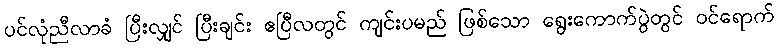
ပင်လုံညီလာခံ ပြီးလျှင် ပြီးချင်း ဧပြီလတွင် ကျင်းပမည် ဖြစ်သော ရွေးကောက်ပွဲတွင် ဝင်ရောက်